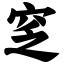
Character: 窆